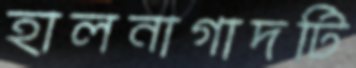
হালনাগাদটি